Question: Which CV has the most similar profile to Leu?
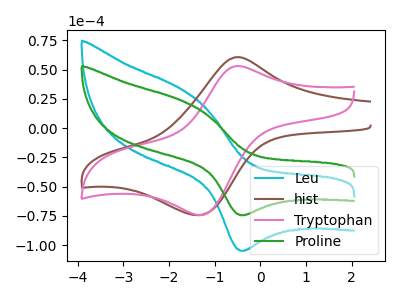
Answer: <think>The cyan curve "Leu" has an anodic peak at (-1.70V, 32.75uA) and a cathodic peak at (-0.40V, -104.80uA). The brown curve "hist" has an anodic peak at (-0.55V, 60.55uA) and a cathodic peak at (-1.35V, -74.30uA). The pink curve "Tryptophan" has an anodic peak at (-0.50V, 53.00uA) and a cathodic peak at (-1.30V, -74.30uA). The green curve "Proline" has an anodic peak at (-1.70V, 23.25uA) and a cathodic peak at (-0.40V, -74.40uA).
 "Leu" and "hist" have at least one peak that do not match. "Leu" and "Tryptophan" have at least one peak that do not match. All the peaks in "Leu" have a peak in "Proline" at the same potential. Every peak in "Leu" is higher than every peak in "Proline". All the peaks in "hist" have a peak in "Tryptophan" at the same potential. Every peak in "hist" is higher than every peak in "Tryptophan". "hist" and "Proline" have at least one peak that do not match. "Tryptophan" and "Proline" have at least one peak that do not match.</think>
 <answer>The CV with the most similar shape to "Proline" is "Leu".</answer>
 <eval>"Leu"</eval>